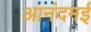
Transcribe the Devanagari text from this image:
आनंदमई